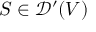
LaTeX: S \in { \mathcal { D } } ^ { \prime } ( V )